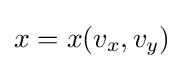
x=x(v_{x},v_{y})